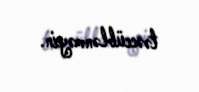
təəccüblənməyin.